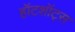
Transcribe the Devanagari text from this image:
हॉटशॉट्स